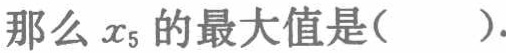
那么\(x_{5}\)的最大值是(  ).